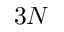
3 N